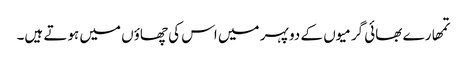
تمھارے بھائی گرمیوں کے دو پہر میں اس کی چھاؤں میں ہوتے ہیں۔